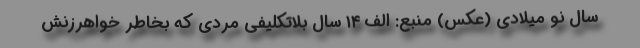
سال نو میلادی (عکس) منبع: الف ۱۴ سال بلاتکلیفی مردی که بخاطر خواهرزنش